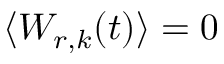
\langle W _ { r , k } ( t ) \rangle = 0